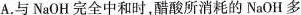
A.与NaOH完全中和时，醋酸所消耗的NaOH多